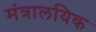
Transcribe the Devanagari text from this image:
मंत्रालयिक